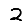
Digit: 2